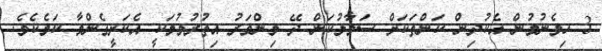
3 ހިމެނުމުން އެކުދިން ކަންތަކަށް ސަމާލުކަން ދޭ މިންވަރު އިތުރުވުމަކީ އެކަށީގެންވާ ކަމެކެވެ.